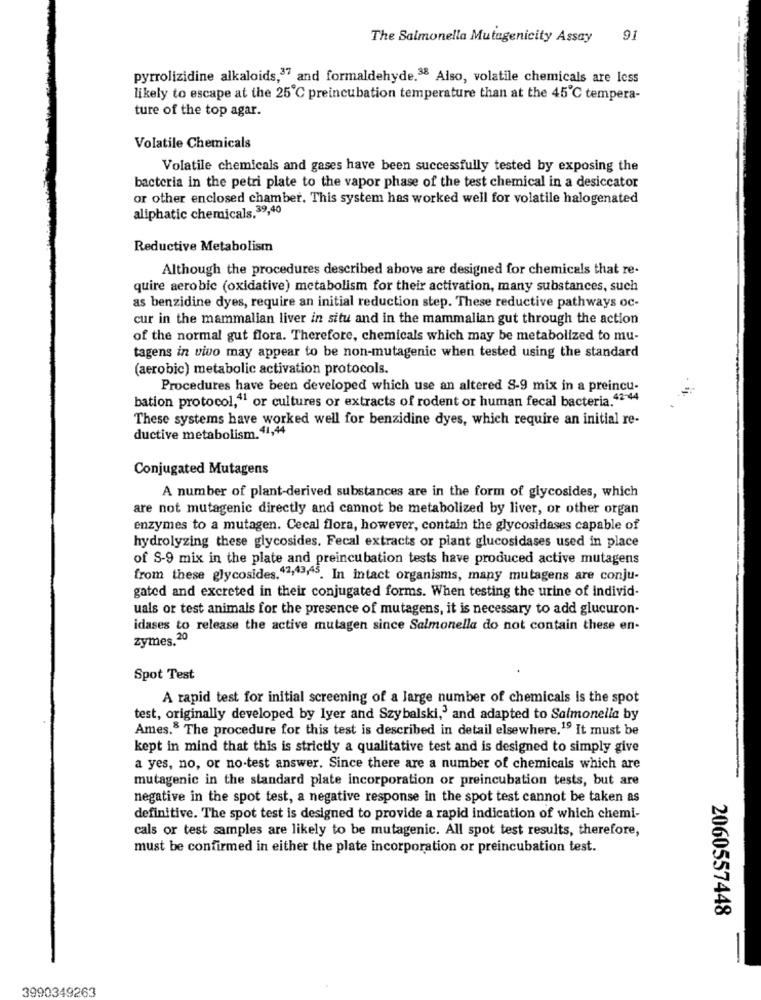
The Salmonella Mutagenicity Assay
91
pyrrolizidine alkaloids,37 and formaldehyde.38 Also, volatile chemicals are less
likely to escape at the 25℃ preincubation temperature than at the 45℃ tempera-
ture of the top agar.
Volatile Chemicals
Volatile chemicals and gases have been successfully tested by exposing the
bacteria in the petri plate to the vapor phase of the test chemical in a desiccator
or other enclosed chamber. This system has worked well for volatile halogenated
aliphatic chemicals.39,40
Reductive Metabolism
Although the procedures described above are designed for chemicals that re-
quire aerobic (oxidative) metabolism for their activation, many substances, such
as benzidine dyes, require an initial reduction step. These reductive pathways oc-
cur in the mammalian liver in situ and in the mammalian gut through the action
of the normal gut flora. Therefore, chemicals which may be metabolized to mu-
tagens in vivo may appear to be non-mutagenic when tested using the standard
(aerobic) metabolic activation protocols.
Procedures have been developed which use an altered S-9 mix in a preincu-
bation protocol,41 or cultures or extracts of rodent or human fecal bacteria.42-44
These systems have worked well for benzidine dyes, which require an initial re-
ductive metabolism. 41,44
Conjugated Mutagens
A number of plant-derived substances are in the form of glycosides, which
are not mutagenic directly and cannot be metabolized by liver, or other organ
enzymes to a mutagen. Cecal flora, however, contain the glycosidases capable of
hydrolyzing these glycosides. Fecal extracts or plant glucosidases used in place
of S-9 mix in the plate and preincubation tests have produced active mutagens
from these glycosides,42,49,95. In intact organisms, many mutagens are conju-
gated and excreted in their conjugated forms. When testing the urine of individ-
uals or test animals for the presence of mutagens, it is necessary to add glucuron-
idases to release the active mutagen since Salmonella do not contain these en-
zymes. 20
Spot Test
A rapid test for initial screening of a large number of chemicals is the spot
test, originally developed by Iyer and Szybalski,' and adapted to Salmonella by
Ames. The procedure for this test is described in detail elsewhere.19 It must be
kept in mind that this is strictly a qualitative test and is designed to simply give
a yes, no, or no-test answer. Since there are a number of chemicals which are
mutagenic in the standard plate incorporation or preincubation tests, but are
negative in the spot test, a negative response in the spot test cannot be taken as
definitive. The spot test is designed to provide a rapid indication of which chemi-
cals or test samples are likely to be mutagenic. All spot test results, therefore,
must be confirmed in either the plate incorporation or preincubation test.
2060557448
3990349263